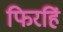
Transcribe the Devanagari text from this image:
फिरहिं